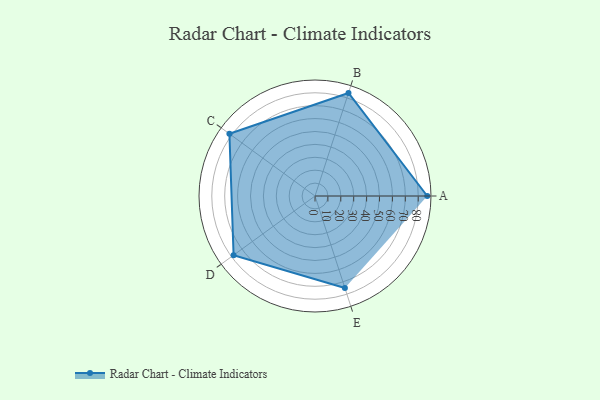
{"axis": {"x": "Skill", "y": "Score"}, "legend": ["Profile"], "data": [{"x": "A", "y": 87.0, "type": "Profile"}, {"x": "B", "y": 84.0, "type": "Profile"}, {"x": "C", "y": 82.0, "type": "Profile"}, {"x": "D", "y": 78.0, "type": "Profile"}, {"x": "E", "y": 75.0, "type": "Profile"}]}